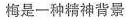
梅是一种精神背景